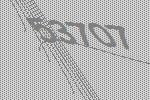
53707